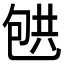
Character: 𰅟